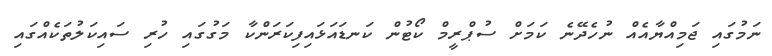
ނަމުގައި ޖަމިއްޔާއެއް ނުހެދޭނެ ކަމަށް ސުޕްރީމް ކޯޓުން ކަނޑައަޅައިފިކަރަންކާ މަގުގައި ހުރި ސައިކަލުތަކެއްގައި